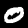
Label: 0